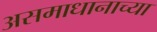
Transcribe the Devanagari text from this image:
असमाधानाच्या